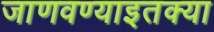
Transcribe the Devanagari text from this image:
जाणवण्याइतक्या